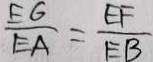
\frac { E G } { E A } = \frac { E F } { E B }